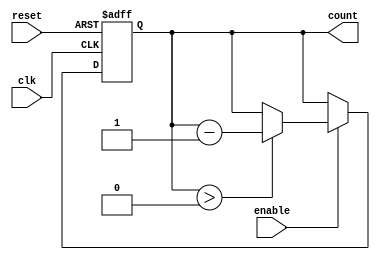
module memory_blocks_down_counter #(
    parameter WIDTH = 4,              // Width of the counter (number of bits)
    parameter INITIAL_VALUE = 15      // Initial value for the counter
)(
    input wire clk,                   // Clock signal
    input wire reset,                 // Asynchronous reset signal
    input wire enable,                // Enable signal for counting down
    output reg [WIDTH-1:0] count      // Current counter value
);

    // Asynchronous reset and counting logic
    always @(posedge clk or posedge reset) begin
        if (reset) begin
            count <= INITIAL_VALUE;   // Load initial value on reset
        end else if (enable) begin
            if (count > 0) begin
                count <= count - 1;   // Decrement the counter
            end
            // If count is already zero, do nothing
        end
    end

endmodule